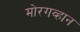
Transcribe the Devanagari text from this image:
मोरगव्हान